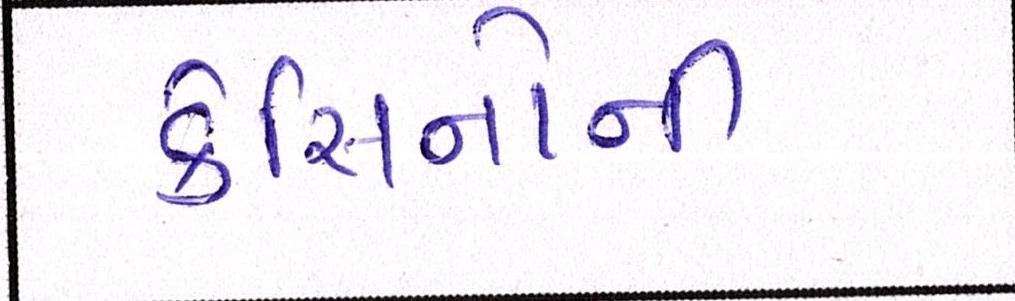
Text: કેસિનોથી